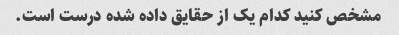
مشخص کنید کدام یک از حقایق داده شده درست است.